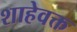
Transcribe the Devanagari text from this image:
शाहेवक्त